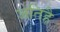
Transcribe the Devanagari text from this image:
जतिहै